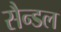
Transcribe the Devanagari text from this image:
सैन्डल